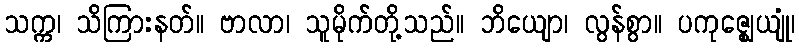
သက္က၊ သိကြားနတ်။ ဗာလာ၊ သူမိုက်တို့သည်။ ဘိယျော၊ လွန်စွာ။ ပကုဇ္ဈေယျုံ၊